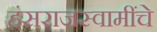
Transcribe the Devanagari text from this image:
हंसराजस्वामींचे